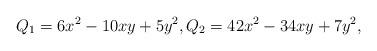
LaTeX: \begin{align*}Q_{1} = 6x^{2} -10xy + 5y^{2}, Q_{2} = 42x^2 - 34xy + 7y^2,\end{align*}